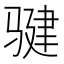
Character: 𩨃